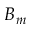
B _ { m }